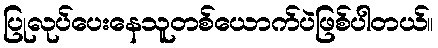
ပြုလုပ်ပေးနေသူတစ်ယောက်ပဲဖြစ်ပါတယ်။